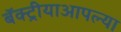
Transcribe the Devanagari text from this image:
बॅक्ट्रीयाआपल्या